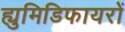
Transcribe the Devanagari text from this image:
ह्युमिडिफायरों